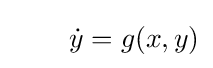
\qquad {\dot {y}}=g(x,y)